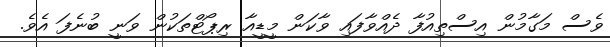
ވެސް މަގާމުން އިސްތިއުފާ ދެއްވާފައި ވާކަން މީޑީއާ ރިޕޯޓްތަކުން ވަނީ ބުނެފަ އެވެ.